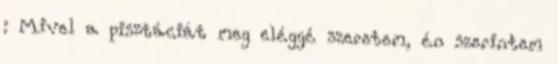
: Mivel a pisztáciát meg eléggé szeretem, én szerintem